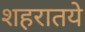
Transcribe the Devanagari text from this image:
शहरातये